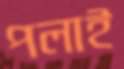
পলাই